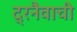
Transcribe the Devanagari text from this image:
द्रनैवाची